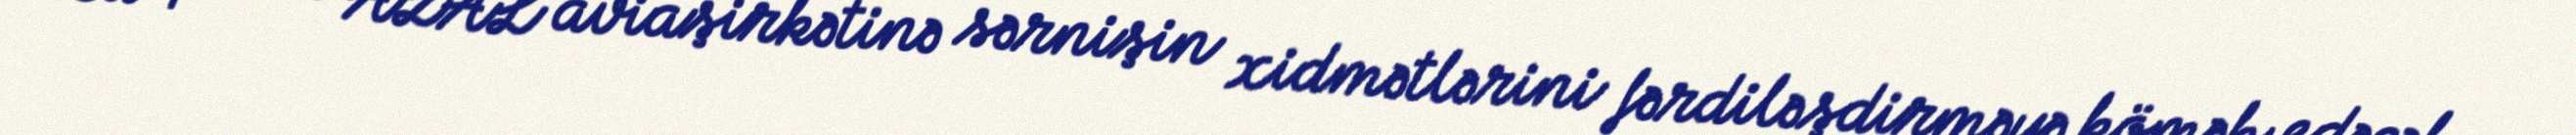
Bu qərar AZAL aviaşirkətinə sərnişin xidmətlərini fərdiləşdirməyə kömək edəcək,